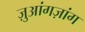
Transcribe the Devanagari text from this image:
ज़ुआंगज़ांग